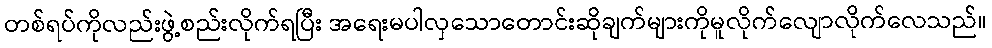
တစ်ရပ်ကိုလည်းဖွဲ့စည်းလိုက်ရပြီး အရေးမပါလှသောတောင်းဆိုချက်များကိုမူလိုက်လျောလိုက်လေသည်။